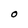
Character: O